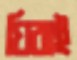
ঘিরাই